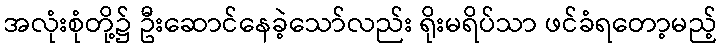
အလုံးစုံတို့၌ ဦးဆောင်နေခဲ့သော်လည်း ရိုးမရိပ်သာ ဖင်ခံရတော့မည့်